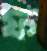
ফ